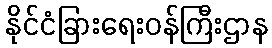
နိုင်ငံခြားရေးဝန်ကြီးဌာန